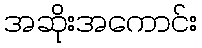
အဆိုးအကောင်း